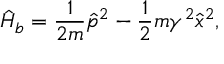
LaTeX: \hat { H } _ { b } = \frac { 1 } { 2 m } \hat { p } ^ { 2 } - \frac { 1 } { 2 } m \gamma ^ { 2 } \hat { x } ^ { 2 } ,